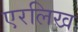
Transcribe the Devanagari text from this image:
एरलिख